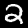
Digit: 2